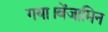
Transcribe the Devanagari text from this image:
गया।बेंजामिन